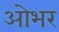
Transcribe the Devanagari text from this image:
ओभर